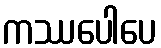
ကဿပေါပေ